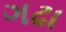
ગઢા